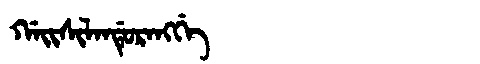
Manchu: ᡤᠠᡳᠰᡳᠯᠠᠨᡩᡠᡵᠠᠩᡤᡝ
Romanization: GAISILANDURANGGE